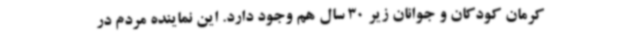
کرمان کودکان و جوانان زیر 30 سال هم وجود دارد. این نماینده مردم در